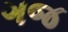
ગજ